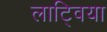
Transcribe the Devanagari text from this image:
लाट्विया